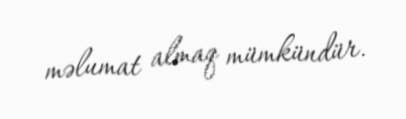
məlumat almaq mümkündür.